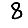
Digit: 8